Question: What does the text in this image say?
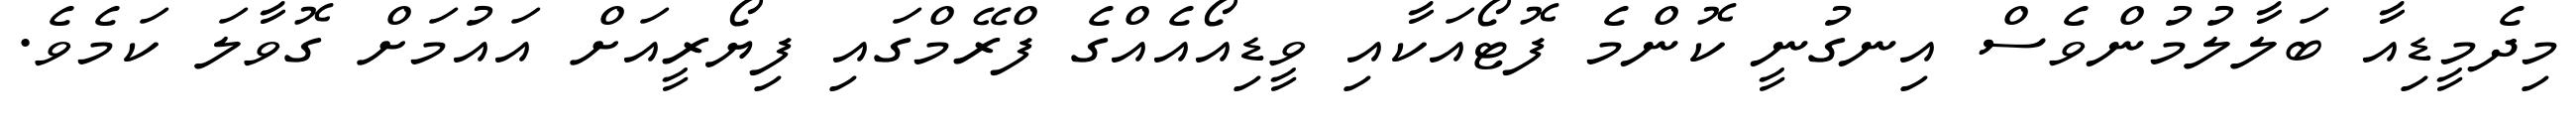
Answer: މިދެމީޑިއާ ބަލާލުމުންވެސް އިނގުނީ ކޮންމެ ފޮޓޯއަކާއި ވީޑިއޯއެއްގެ ފްރޭމްގައި ފިޔޯރީއަށް އައުމަށް ގޮވާލަ ކަމެވެ.